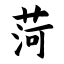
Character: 菏